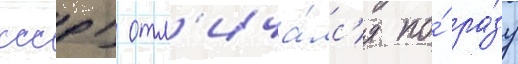
ссср) отл'ича́лс'я по́ ра́зу